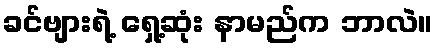
ခင်ဗျားရဲ့ ရှေ့ဆုံး နာမည်က ဘာလဲ။